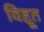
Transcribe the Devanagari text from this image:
विद्दूत